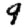
Digit: 9